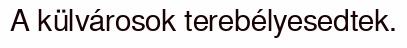
A külvárosok terebélyesedtek.